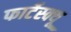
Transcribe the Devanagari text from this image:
फार्टेस्क्यू